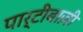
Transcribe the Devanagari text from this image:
पार्टीबाज़ी